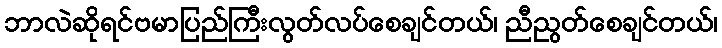
ဘာလဲဆိုရင်ဗမာပြည်ကြီးလွတ်လပ်စေချင်တယ်၊ ညီညွတ်စေချင်တယ်၊